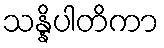
သန္နိပါတိကာ